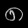
Digit: ၈